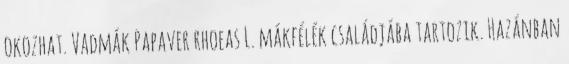
okozhat. Vadmák Papaver rhoeas L. mákfélék családjába tartozik. Hazánban